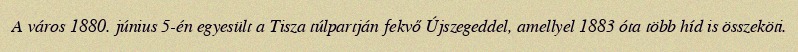
A város 1880. június 5-én egyesült a Tisza túlpartján fekvő Újszegeddel, amellyel 1883 óta több híd is összeköti.